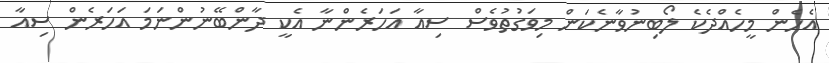
އެހެން މީހެއްދެކެ ލޯބިނުވާނެކަން މިވަގުތުވެސް ސިއާ އަހަރެންނާ އެކީ ދާންބޭނުންނަމަ އަހަރެން ސިއާ